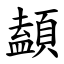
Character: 䫦